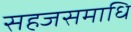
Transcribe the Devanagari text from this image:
सहजसमाधि